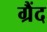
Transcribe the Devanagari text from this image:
ग्रैंद